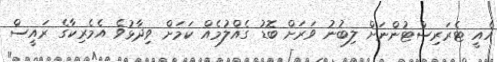
އެއީ ޓެރަރިސްޓުންނަށް ލިބުނު ވަރަށް ބޮޑު ގެއްލުމެއް ކަމަށް ވިދާޅުވެ އެމެރިކާގެ ރައީސް